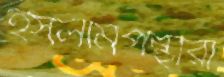
ইসলামপন্থীরা